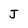
Character: J